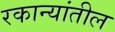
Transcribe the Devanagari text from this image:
रकान्यांतील